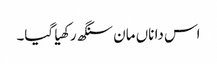
اس دا ناں مان سنگھ رکھیا گیا۔